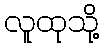
လူထုသို့